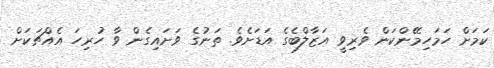
ކަމަށް ހަމަހިމޭންކަން ވެރިވީ އަޒާލްބެގެ އަޑަށެވެ. ތަނުގެ ވަށައިގެން ވާ ހުރިހަ އެއްޗަކަށް